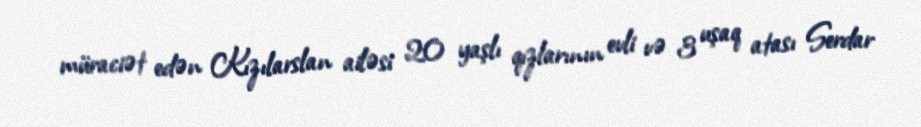
müraciət edən Kızılarslan ailəsi 20 yaşlı qızlarının evli və 3 uşaq atası Serdar